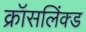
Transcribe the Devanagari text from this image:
क्रॉसलिंक्ड